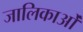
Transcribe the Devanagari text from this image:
जालिकाओं